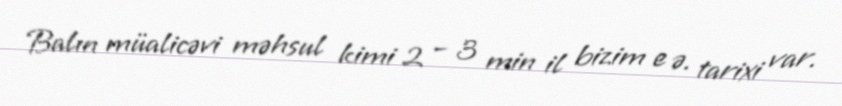
Balın müalicəvi məhsul kimi 2 – 3 min il bizim e ə. tarixi var.